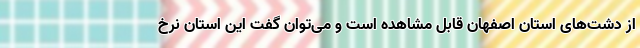
از دشت‌های استان اصفهان قابل مشاهده است و می‌توان گفت این استان نرخ